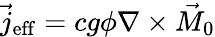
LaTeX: \vec{j}_{\mathrm{eff}}=cg\phi\nabla\times\vec{M}_{0}